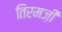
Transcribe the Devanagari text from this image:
तिरमज़ी